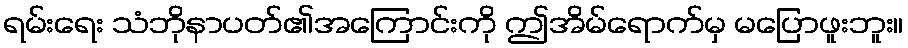
ရမ်းရေး သံဘိုနာပတ်၏အကြောင်းကို ဤအိမ်ရောက်မှ မပြောဖူးဘူး။